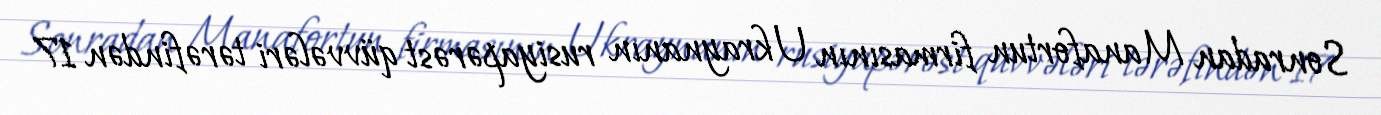
Sonradan Manafortun firmasının Ukraynanın rusiyapərəst qüvvələri tərəfindən 17